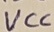
Text: VCC